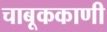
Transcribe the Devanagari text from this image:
चाबूककाणी